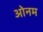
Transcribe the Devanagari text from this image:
ओनम